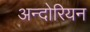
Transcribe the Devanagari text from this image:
अन्दोरियन